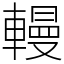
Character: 䡬